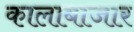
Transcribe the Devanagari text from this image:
कालाबाजार